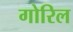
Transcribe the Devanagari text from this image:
गोरिल